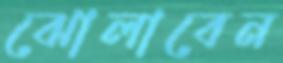
ঝোলাবেন